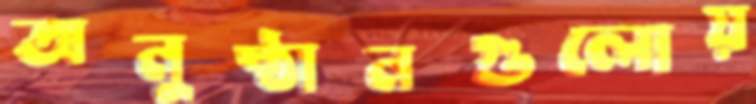
অনুষ্ঠানগুলোয়